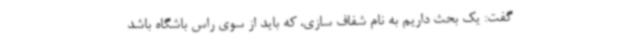
گفت: یک بحث داریم به نام شفاف سازی، که باید از سوی راس باشگاه باشد